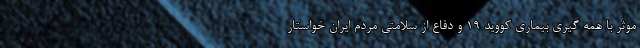
موثر با همه گیری بیماری کووید 19 و دفاع از سلامتی مردم ایران خواستار